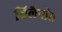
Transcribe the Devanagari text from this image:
चिलैनीस